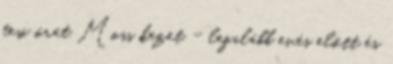
tesi órát Moss kezet - legalább evés előtt és